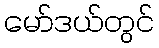
မော်ဒယ်တွင်